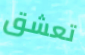
تعشق